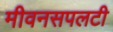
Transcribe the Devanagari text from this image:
मीवनसपलटी